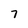
Character: 7